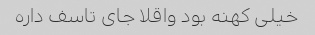
خیلی کهنه بود واقلا جای تاسف داره